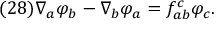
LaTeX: ( 2 8 ) \nabla _ { a } \varphi _ { b } - \nabla _ { b } \varphi _ { a } = f _ { a b } ^ { c } \varphi _ { c } .